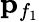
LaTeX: {\mathbf p}_{f_{1}}